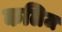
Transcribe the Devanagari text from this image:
कलिज